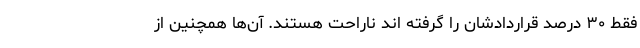
فقط ۳۰ درصد قراردادشان را گرفته اند ناراحت هستند. آن‌ها همچنین از